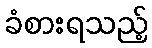
ခံစားရသည့်